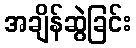
အချိန်ဆွဲခြင်း